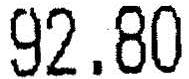
92.80